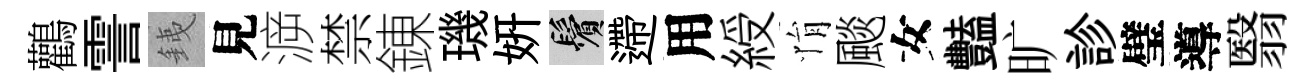
鸛霅銕見㴑禁錬璣妍鬢遰用綬悁颷女豔旷診璧導翳